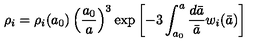
\rho _ { i } = \rho _ { i } ( a _ { 0 } ) \left( \frac { a _ { 0 } } { a } \right) ^ { 3 } \exp \left[ - 3 \int _ { a _ { 0 } } ^ { a } \frac { d \bar { a } } { \bar { a } } w _ { i } ( \bar { a } ) \right]